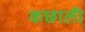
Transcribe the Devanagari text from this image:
कछाली